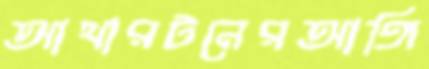
আথারটনেরআঙ্গি